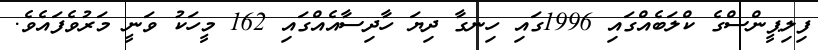
ފިލިޕީންސްގެ ކްލަބެއްގައި 1996ގައި ހިނގާ ދިޔަ ހާދިސާއެއްގައި 162 މީހަކު ވަނީ މަރުވެފައެވެ.